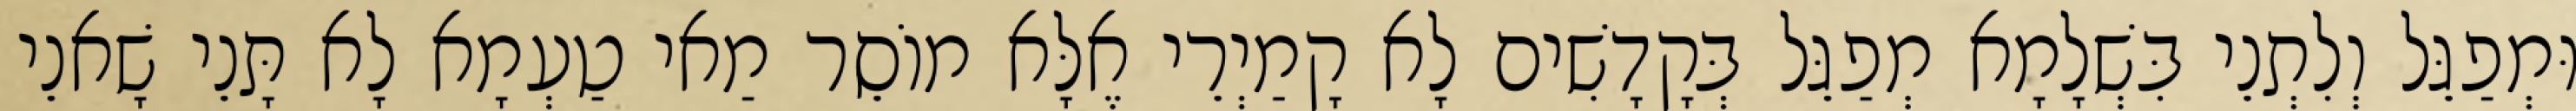
וּמְפַגֵּל וְלִתְנֵי בִּשְׁלָמָא מְפַגֵּל בְּקָדָשִׁים לָא קָמַיְרֵי אֶלָּא מוֹסֵר מַאי טַעְמָא לָא תָּנֵי שָׁאנֵי